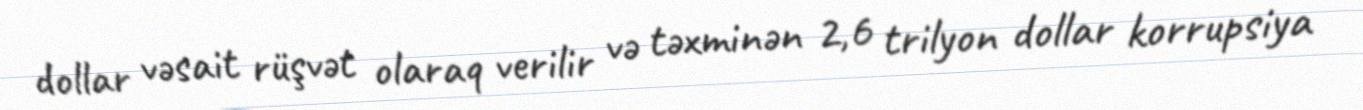
dollar vəsait rüşvət olaraq verilir və təxminən 2,6 trilyon dollar korrupsiya